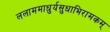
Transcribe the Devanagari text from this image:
ललाममाधुर्यसुधाभिरामकम्